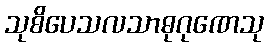
သုစိပေသလသာဓုဂုဏေသု